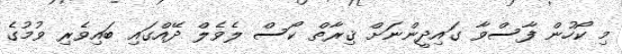
މި ކޯހުން ފާސްވާ ގައިދީންނަށް ޤިރާތް ކޯސް ލެވެލް ދޭއްގައި ބައިވެރި ވުމުގެ